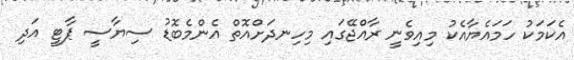
އެކަމަކު ހަމައެޔާއެކު މިއިވެނީ ރާއްޖޭގައި މިހިނދަށްއޮތް އެންމެބޮޑު ސިޔާސީ ޕާޓީ އަދި